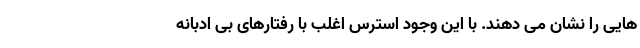
هایی را نشان می دهند. با این وجود استرس اغلب با رفتارهای بی ادبانه